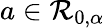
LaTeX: a\in\mathcal{R}_{0,\alpha}